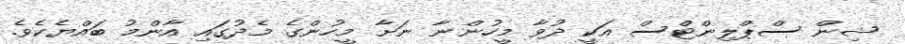
ޝިން ސްޕްލިންޓްސް އަކީ ދުވާ މީހުންނާ ނަށާ މީހުންގެ މެދުގައި އާންމު ބައްޔެކެވެ.